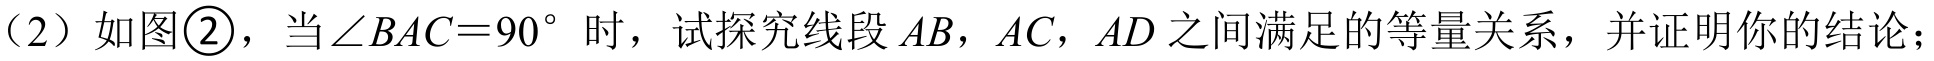
（2）如图\textcircled{2}，当\(\angle BAC = 90^{\circ}\)时，试探究线段\(AB\)，\(AC\)，\(AD\)之间满足的等量关系，并证明你的结论；